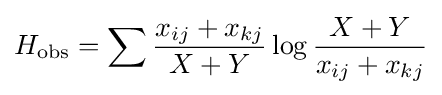
H_{\mathrm {obs} }=\sum {\frac {x_{ij}+x_{kj}}{X+Y}}\log {\frac {X+Y}{x_{ij}+x_{kj}}}